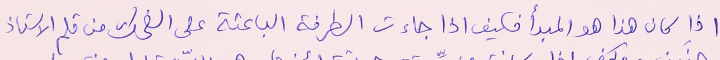
اذا كان هذا هو المبدأ فكيف اذا جاءت الطرفة الباعثة على الضحك من قلمِ الاستاذ